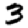
Digit: 3